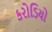
કરોડિયો